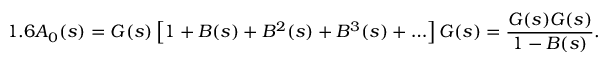
1 . 6 A _ { 0 } ( s ) = G ( s ) \left[ 1 + B ( s ) + B ^ { 2 } ( s ) + B ^ { 3 } ( s ) + \ldots \right] G ( s ) = \frac { G ( s ) G ( s ) } { 1 - B ( s ) } .